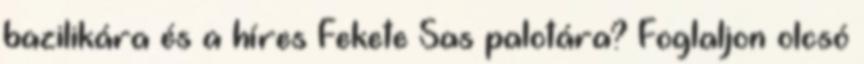
bazilikára és a híres Fekete Sas palotára? Foglaljon olcsó